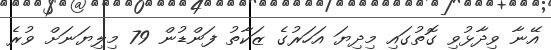
އޭނާ ވިދާޅުވި ގޮތުގައި މިދިޔަ އަހަރުގެ ޒަކާތު ފަންޑުން 79 މިލިޔަނަށް ވުރެ